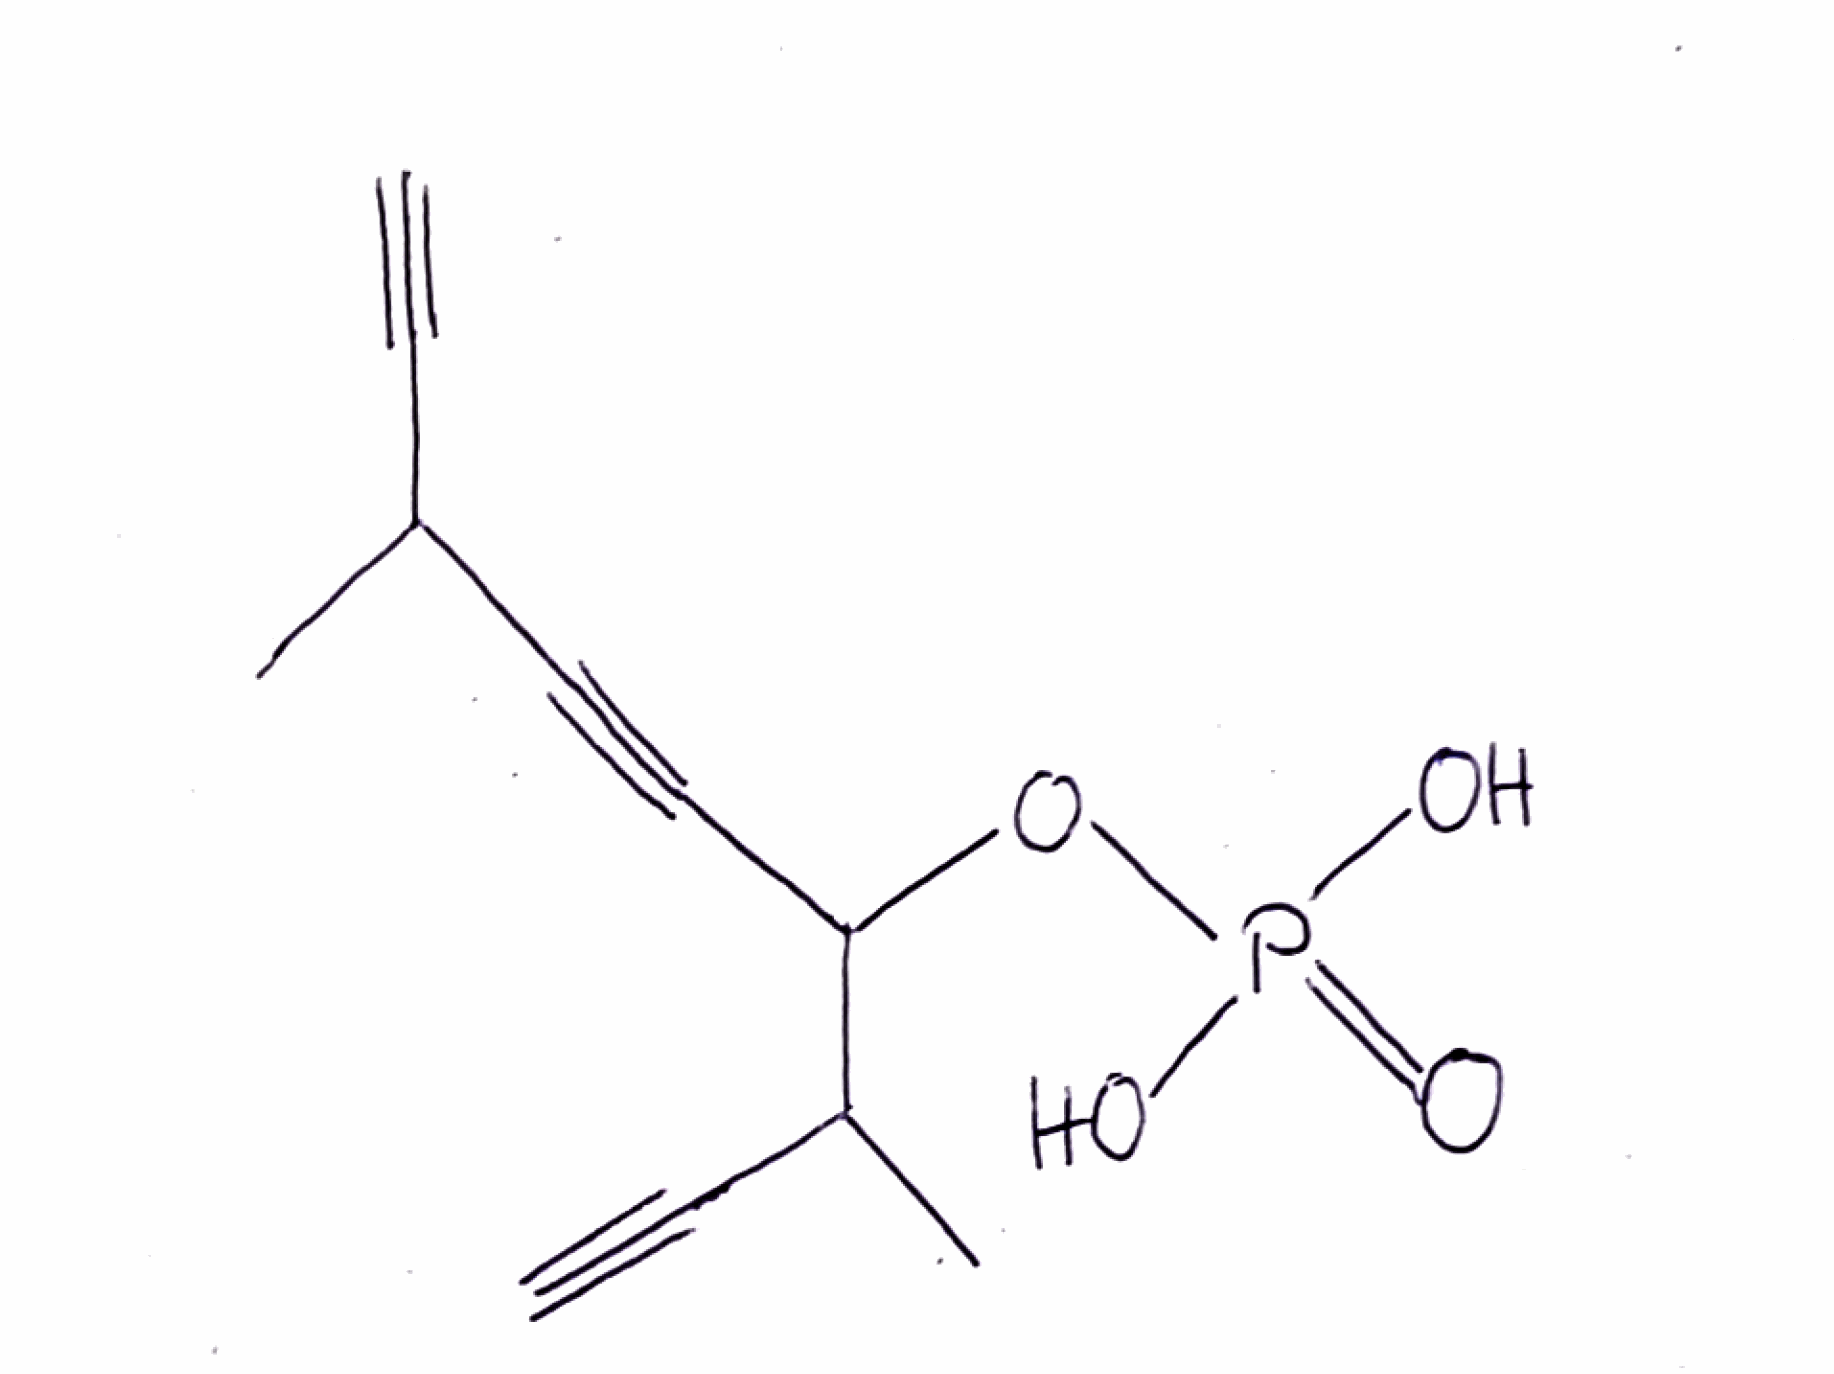
Simplified molecular-input line-entry system (SMILES) notation of the given molecule:
CC(C#C)C#CC(C(C)C#C)OP(=O)(O)O